Code of medical and sanitary regulations for the guidance of medical officers serving in the Madras Presidency - Volume II
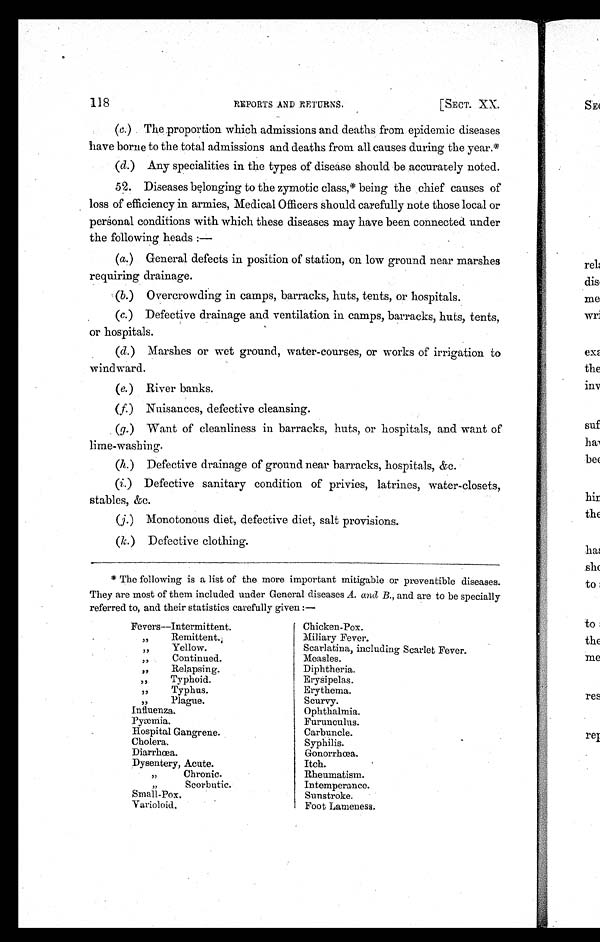
118
REPORTS AND RETURNS.
[SECT. XX.
(c.) The proportion which admissions and deaths from epidemic diseases
have borne to the total admissions and deaths from all causes during the year.*
(d.) Any specialities in the types of disease should be accurately noted.
52. Diseases belonging to the zymotic class,* being the chief causes of
loss of efficiency in armies, Medical Officers should carefully note those local or
personal conditions with which these diseases may have been connected under
the following heads :—
(a.) General defects in position of station, on low ground near marshes
requiring drainage.
(b.) Overcrowding in camps, barracks, huts, tents, or hospitals.
(c.) Defective drainage and ventilation in camps, barracks, huts, tents,
or hospitals.
(d.) Marshes or wet ground, water-courses, or works of irrigation to
wind ward.
(e.) River banks.
(f.) Nuisances, defective cleansing.
(g. ) Want of cleanliness in barracks, huts, or hospitals, and want of
lime-washing.
(h. ) Defective drainage of ground near barracks, hospitals, &c.
(i. ) Defective sanitary condition of privies, latrines, water-closets,
stables, &c.
(j. ) Monotonous diet, defective diet, salt provisions.
(k. ) Defective clothing.
* The following is a list of the more important mitigable or preventible diseases.
They are most of them included under General diseases A. and B., and are to be specially
referred to, and their statistics carefully given :—
Fevers—Intermittent.
" Re mi t t e n t .
" Yellow.
" Continued.
" Relapsing.
" Typhoid.
" Typhus.
" Plague.
Influenza.
P
yæmia.
Hospital Gangrene.
Cholera.
Diarrhœa.
Dysentery, Acute.
" C h r o n i c .
" Scorbutic.
Small-Pox.
Varioloid.
Chicken-Pox.
Miliary Fever.
Scarlatina, including Scarlet Fever.
Measles.
Diphtheria.
Erysipelas.
Erythema.
Scurvy.
Ophthalmia.
Furunculus.
Carbuncle.
Syphilis.
Gonorrhœa.
Itch.
Rheumatism.
Intemperance.
Sunstroke.
Foot Lameness.